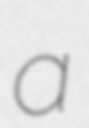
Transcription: a